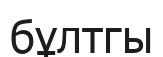
бұлтгы